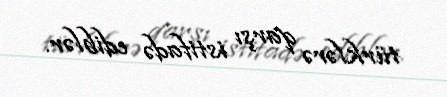
türklərə qarşı istifadə ediblər.